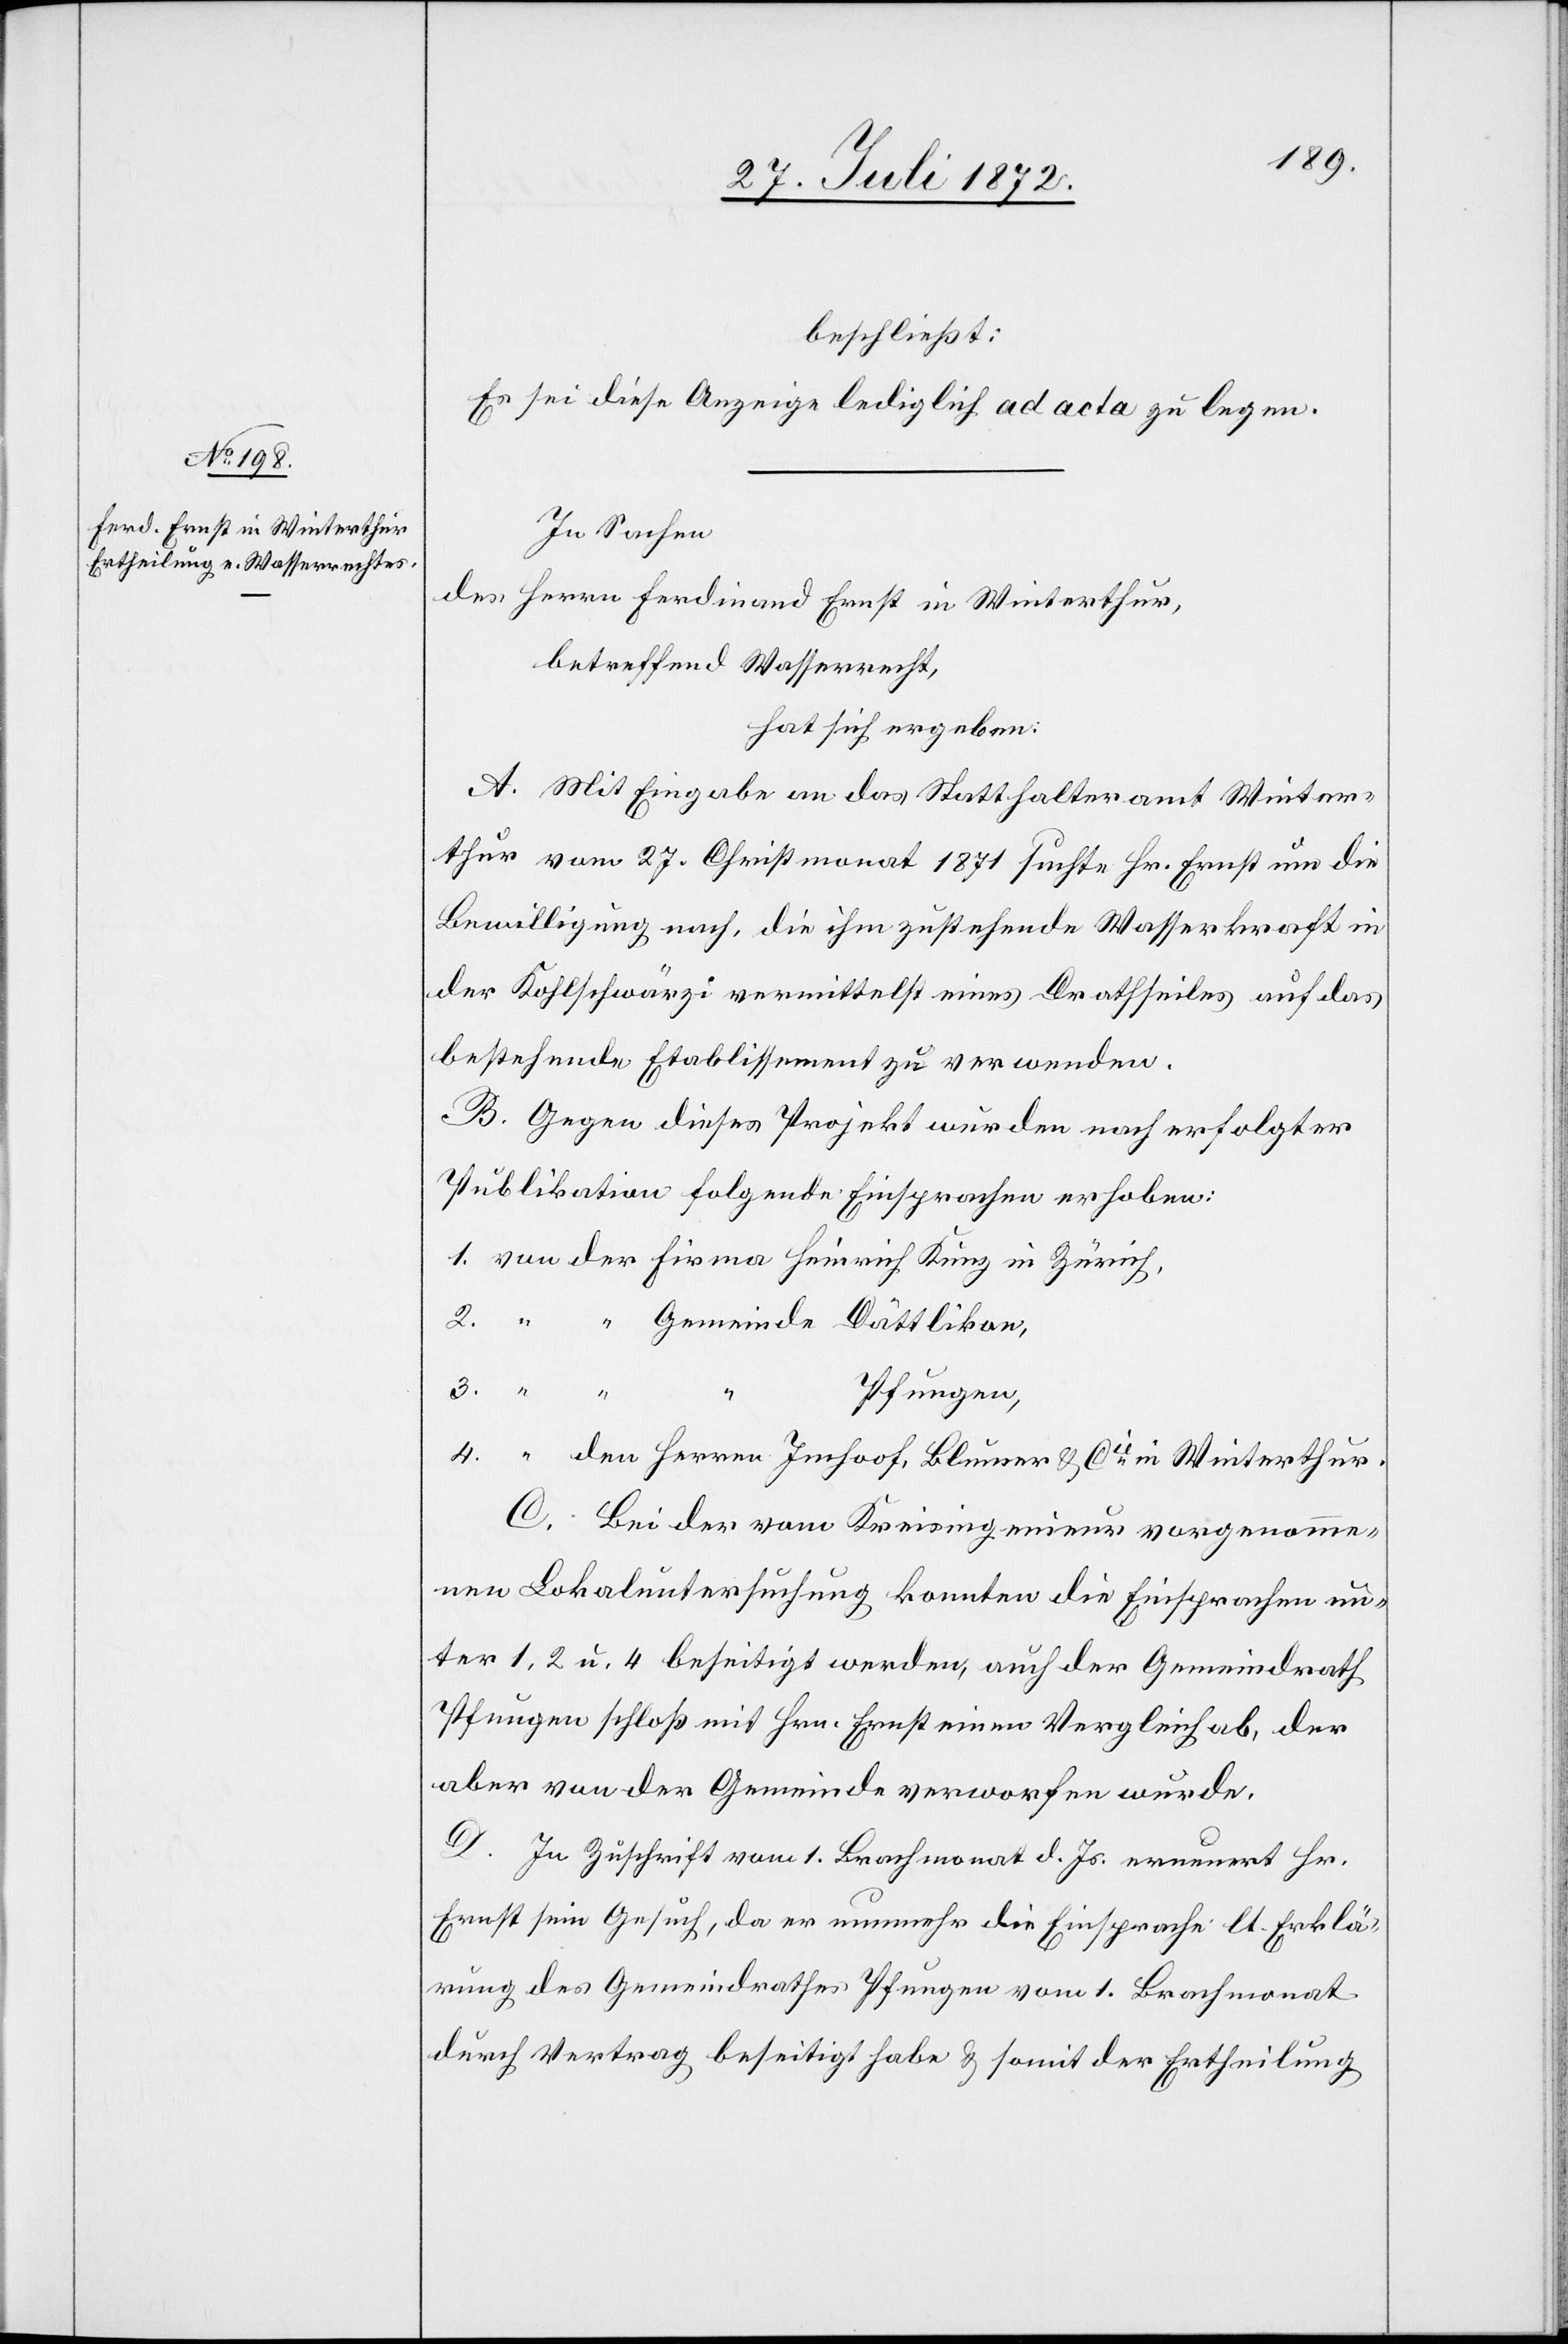
beschließt:
Es sei diese Anzeige lediglich ad acta zu legen.
In Sachen
des Herrn Ferdinand Ernst in Winterthur,
betreffend Wasserrecht,
hat sich ergeben:
A. Mit Eingabe an das Statthalteramt Winter¬
thur vom 27. Christmonat 1871 suchte Hr. Ernst um die
Bewilligung nach, die ihm zustehende Wasserkraft in
der Kohlschwärzi vermittelst eines Drathseiles auf das
bestehende Etablissement zu verwenden.
B. Gegen dieses Projekt wurden nach erfolgter
Publikation folgende Einsprachen erhoben:
Pfungen,
C. Bei der vom Kreisingenieur vorgenomme¬
nen Lokaluntersuchung konnten die Einsprachen un¬
ter 1, 2 u. 4 beseitigt werden, auch der Gemeindrath
Pfungen schloß mit Hrn. Ernst einen Vergleich ab, der
aber von der Gemeinde verworfen wurde.
D. In Zuschrift vom 1. Brachmonat d. Js. erneuert Hr.
Ernst sein Gesuch, da er nunmehr die Einsprache lt. Erklä¬
rung des Gemeindrathes Pfungen vom 1. Brachmonat
durch Vertrag beseitigt habe u. somit der Ertheilung